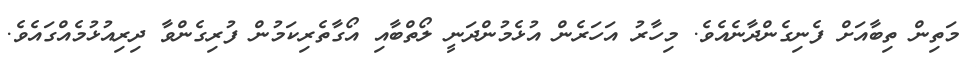
މަތިން ތިބާއަށް ފެނިގެންދާނެއެވެ. މިހާރު އަހަރެން އުޅެމުންދަނީ ލޯތްބާއި އޯގާތެރިކަމުން ފުރިގެންވާ ދިރިއުޅުމެއްގައެވެ.